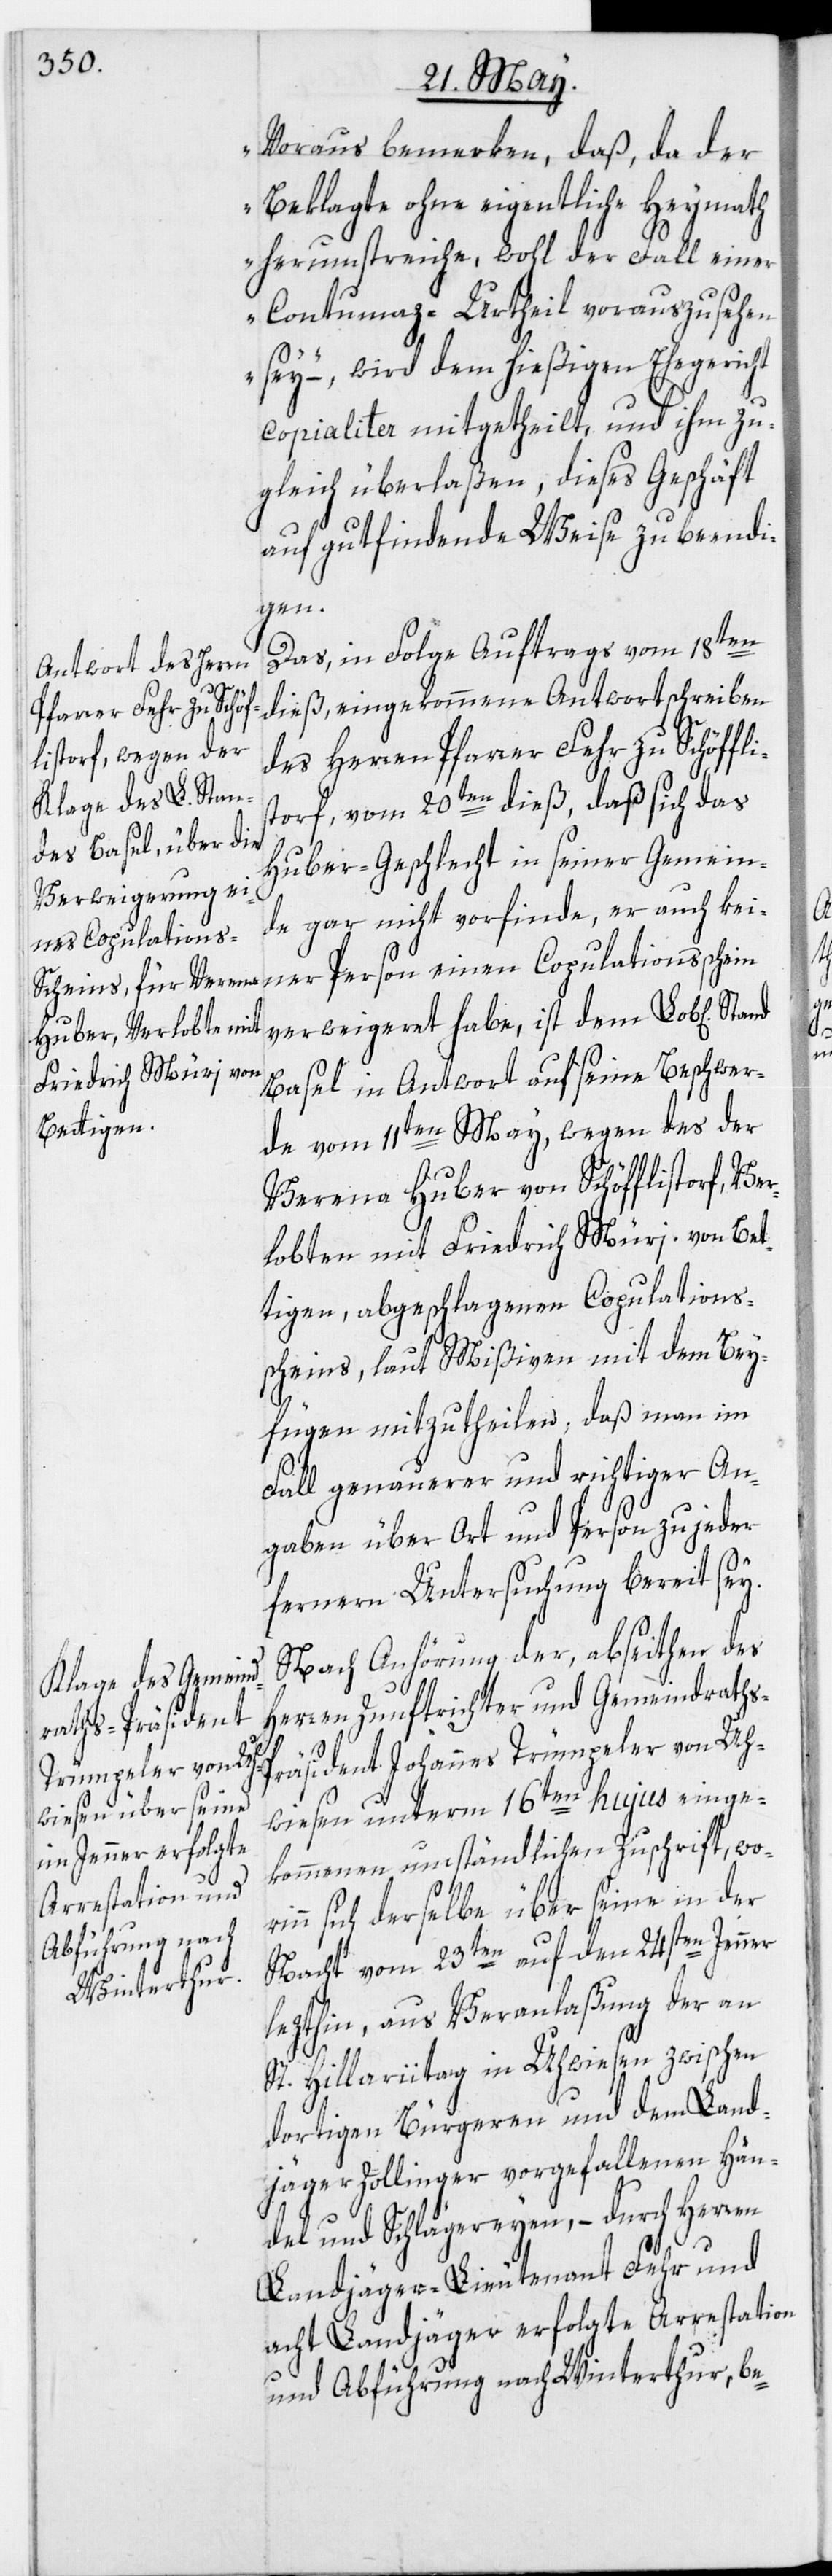
Voraus bemerken, daß, da der
Beklagte ohne eigentliche Heymath
herumstreiche, wohl der Fall einer
Contumaz-Urtheil vorauszusehen
sey“ –, wird dem hießigen Ehegericht
copialiter mitgetheilt, und ihm zu¬
gleich überlaßen, dieses Geschäft
auf gutfindende Weise zu beendi¬
gen.
Das, in Folge Auftrags vom 18ten
dieß, eingekommene Antwortschreiben
des Herren Pfarrer Fehr zu Schöffli¬
storf, vom 20ten dieß, daß sich das
Huber-Geschlecht in seiner Gemein¬
de gar nicht vorfinde, er auch kei¬
ner Person einen Copulationsschein
verweigeret habe, ist dem Lob[lichen]
Basel in Antwort auf seine Beschwer¬
de vom 11ten May, wegen des der
Verena Huber von Schöfflistorf, Ve¬
rlobten mit Friedrich Müri von Bet¬
tigen, abgeschlagenen Copulations¬
scheins, laut Mißiven mit dem Bey¬
fügen mitzutheilen, daß man im
Fall genauerer und richtiger An¬
gaben über Ort und Person zu jeder
fernern Untersuchung bereit sey.
Nach Anhörung der, abseithen des
Herren Zunftrichter und Gemeindraths-P¬
räsident Johannes Trümpeler von Uh¬
wiesen unterm 16ten hujus einge¬
kommenen umständlichen Zuschrift, wori¬
nn sich derselbe über seine in der
Nacht vom 23ten auf den 24sten Jenner
lezthin, aus Veranlaßung der an
St. Hillariitag in Uhwiesen zwischen
dortigen Bürgeren und dem Land¬
jäger Zollinger vorgefallenen Hän¬
del und Schlägereyen, – durch Herren
Landjäger-Lieutenant Fehr und
acht Landjäger erfolgte Arrestation
und Abführung nach Winterthur, be-